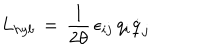
LaTeX: L _ { h y b } \, = \, \frac { 1 } { 2 \theta } \, \epsilon _ { i j } \, q _ { i } \dot { q } _ { j }